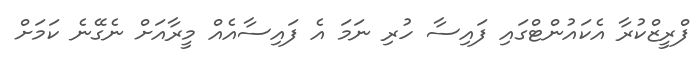
ފްރީޒްކުރާ އެކައުންޓްގައި ފައިސާ ހުރި ނަމަ އެ ފައިސާއެއް މީރާއަށް ނެގޭނެ ކަމަށް